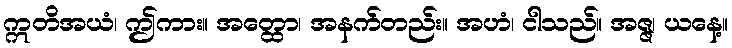
ဣတိအယံ၊ ဤကား။ အတ္ထော၊ အနက်တည်း။ အဟံ၊ ငါသည်။ အဇ္ဇ၊ ယနေ့။